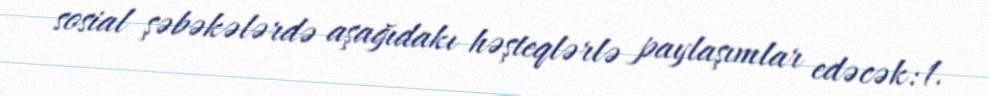
sosial şəbəkələrdə aşağıdakı həşteqlərlə paylaşımlar edəcək: 1.